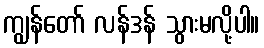
ကျွန်တော် လန်ဒန် သွားမလို့ပါ။